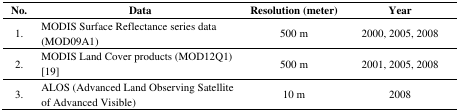
| No. | Data | Resolution (meter) | Year |
 | --- | --- | --- | --- |
 | 1. | MODIS Surface Reflectance series data (MOD09A1) | 500 m | 2000, 2005, 2008 |
 | 2. | MODIS Land Cover products (MOD12Q1) [19] | 500 m | 2001, 2005, 2008 |
 | 3. | ALOS (Advanced Land Observing Satellite of Advanced Visible) | 10 m | 2008 |